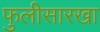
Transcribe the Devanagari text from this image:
फुलीसारखा